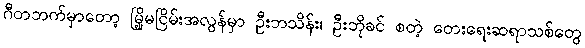
ဂီတဘက်မှာတော့ မြို့မငြိမ်းအလွန်မှာ ဦးဘသိန်း၊ ဦးဘိုခင် စတဲ့ တေးရေးဆရာသစ်တွေ